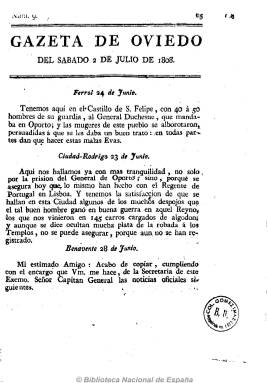
Título: Gazeta de Oviedo
Otros títulos: Gaceta de Oviedo
Colección: Gacetas
Ámbito geográfico: Asturias
Lugar de publicación: Oviedo
Fechas: 02/07/1808-31/08/1808

Primer periódico asturiano que, tras constituirse la Junta Suprema de la provincia y lanzar su primer manifiesto contra la invasión napoleónica, el 24 de mayo de 1808, aparecerá el sábado, cuatro de junio de este año, como su portavoz oficial. De tendencia claramente patriótica, resalta asimismo su carácter netamente noticioso. Ofrece informaciones sobre los acontecimientos relativos a la invasión napoleónica tanto en Asturias, como en el resto de las ciudades españolas, y también en el extranjero, así como oficios militares, proclamas y disposiciones de la junta, extractos de periódicos españoles y extranjeros, cartas al editor, crónicas, comentarios, y algunas notas sobre industria, comercio o agricultura.

Su principal redactor es Álvaro Flórez Estrada, entonces procurador general del Principado, acompañado por Juan Argüelles Toral, secretario de la junta patriótica. Estampada “por el impresor del Principado”, que no es otro que José Díaz Pedregal, quien después será acusado de “traidor”, pues al caer la ciudad en manos del ejército invasor y tener que huir su junta de defensa, Pedregal se quedará para seguir imprimiendo la Gazeta de Oviedo –o Gaceta- pero en este caso afrancesada.

La investigadora Alicia Laspra ha llevado a cabo la recuperación, transcripción y el estudio de la primera época de la Gazeta de Oviedo, desde su aparición hasta julio de 1809, un bisemanario que apareció en números de cuatro u ocho páginas, y publicó algunos suplementos y números extraordinarios.

Mientras que la Junta suprema ovetense se vio obligada a publicar, en sustitución de la Gazeta, el Correo militar y político del Principado de Asturias, impreso en Galicia, se tiene noticia de que la primera cabecera del periodismo asturiano se publicaba en 1811, así como entre febrero y mayo de 1814, es decir, hasta el regreso de Fernando VII.